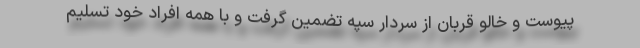
پیوست و خالو قربان از سردار سپه تضمین گرفت و با همه افراد خود تسلیم